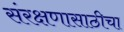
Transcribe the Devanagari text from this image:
संरक्षणासाठीचा